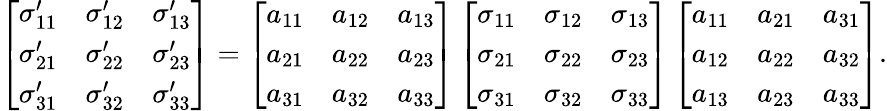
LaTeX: \left[{\begin{array}{lll}{\sigma_{11}^{\prime}}&{\sigma_{12}^{\prime}}&{\sigma_{13}^{\prime}}\\ {\sigma_{21}^{\prime}}&{\sigma_{22}^{\prime}}&{\sigma_{23}^{\prime}}\\ {\sigma_{31}^{\prime}}&{\sigma_{32}^{\prime}}&{\sigma_{33}^{\prime}}\end{array}}\right]=\left[{\begin{array}{lll}{a_{11}}&{a_{12}}&{a_{13}}\\ {a_{21}}&{a_{22}}&{a_{23}}\\ {a_{31}}&{a_{32}}&{a_{33}}\end{array}}\right]\left[{\begin{array}{lll}{\sigma_{11}}&{\sigma_{12}}&{\sigma_{13}}\\ {\sigma_{21}}&{\sigma_{22}}&{\sigma_{23}}\\ {\sigma_{31}}&{\sigma_{32}}&{\sigma_{33}}\end{array}}\right]\left[{\begin{array}{lll}{a_{11}}&{a_{21}}&{a_{31}}\\ {a_{12}}&{a_{22}}&{a_{32}}\\ {a_{13}}&{a_{23}}&{a_{33}}\end{array}}\right].